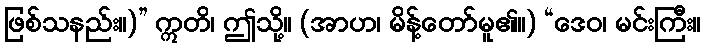
ဖြစ်သနည်း။)” ဣတိ၊ ဤသို့။ (အာဟ၊ မိန့်တော်မူ၏။) “ဒေဝ၊ မင်းကြီး။